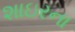
શાઇરના